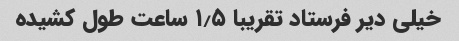
خیلی دیر فرستاد تقریبا ۱٫۵ ساعت طول کشیده